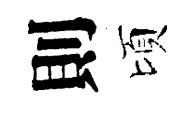
則頃